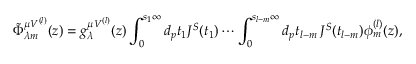
\tilde { \Phi } _ { \lambda m } ^ { \mu V ^ { ( l ) } } ( z ) = g _ { \lambda } ^ { \mu V ^ { ( l ) } } ( z ) \int _ { 0 } ^ { s _ { 1 } \infty } d _ { p } t _ { 1 } J ^ { S } ( t _ { 1 } ) \cdots \int _ { 0 } ^ { s _ { l - m } \infty } d _ { p } t _ { l - m } \, J ^ { S } ( t _ { l - m } ) \phi _ { m } ^ { ( l ) } ( z ) ,